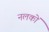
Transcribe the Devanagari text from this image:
नलकों